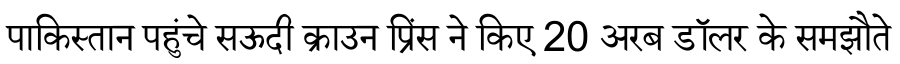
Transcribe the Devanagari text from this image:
पाकिस्तान पहुंचे सऊदी क्राउन प्रिंस ने किए 20 अरब डॉलर के समझौते